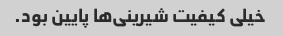
خیلی کیفیت شیرینی‌ها پایین بود.